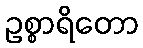
ဥစ္စာရိတော